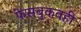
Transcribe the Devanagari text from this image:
फेसबुकवही